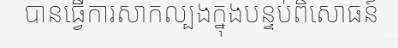
បានធ្វើការសាកល្បងក្នុងបន្ទប់ពិសោធន៍